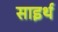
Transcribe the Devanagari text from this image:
साइर्थ